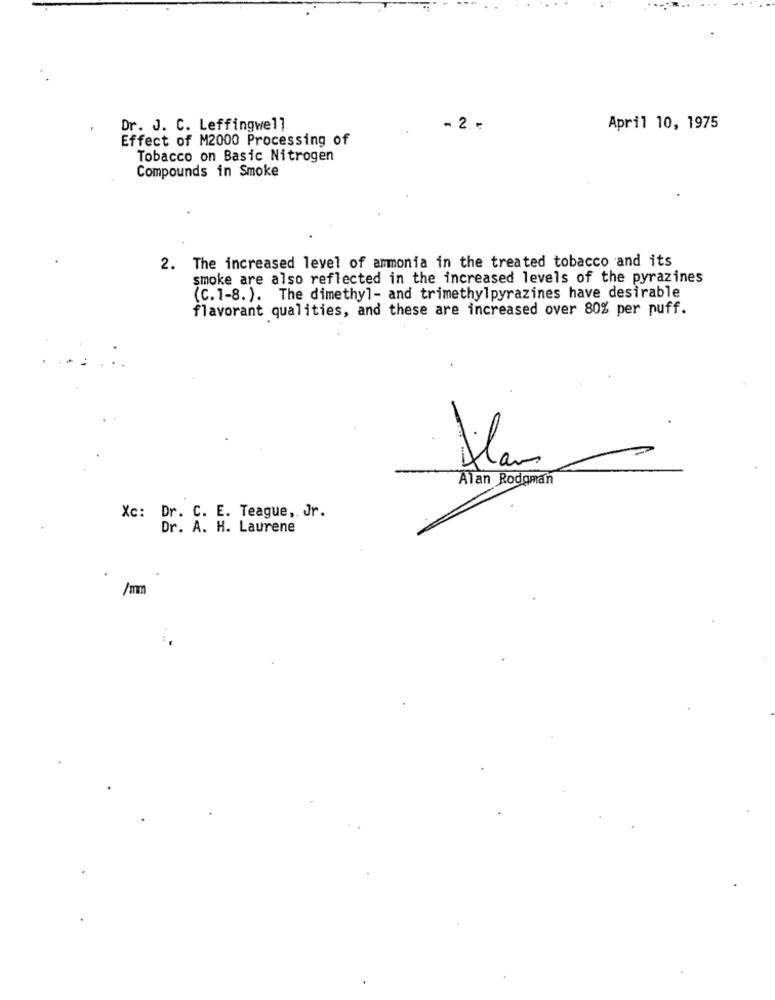
Dr. J. C. Leffingwell
- 2. -
April 10, 1975
Effect of M2000 Processing of
Tobacco on Basic Nitrogen
Compounds in Smoke
2. The increased level of ammonia in the treated tobacco and its
smoke are also reflected in the increased levels of the pyrazines
(C.1-8.). The dimethyl- and trimethylpyrazines have desirable
flavorant qualities, and these are increased over 80% per puff.
Alan Rodgman
Xc: Dr. C. E. Teague ,. Jr.
Dr. A. H. Laurene
/mm